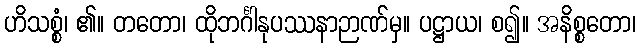
ဟိသစ္စံ၊ ၏။ တတော၊ ထိုဘင်္ဂါနုပဿနာဉာဏ်မှ။ ပဋ္ဌာယ၊ စ၍။ အနိစ္စတော၊